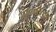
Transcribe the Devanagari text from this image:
अरण्यराज